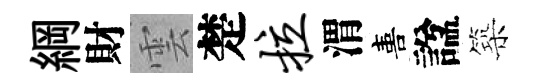
綱財雲楚拉渭喜諡築